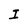
Character: I